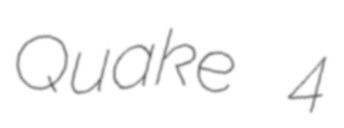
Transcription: Quake 4